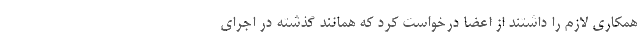
همکاری لازم را داشتند از اعضا درخواست کرد که همانند گذشته در اجرای